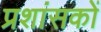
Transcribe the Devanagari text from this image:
प्रशांसकों